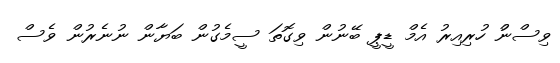
ވިސްނުް ހުރިއިރު އެމް ޑީޕީ ބޭނުން ވިގޮތަ ސީމެގުން ބަޔާން ނުނެރުން ވެސް